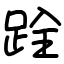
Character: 跧